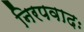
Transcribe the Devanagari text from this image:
निरपवादः